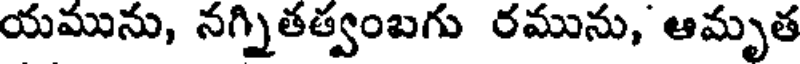
యమును, నగ్నితత్వంబగు రమును, ఆమృత